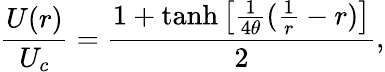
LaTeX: \frac{U(r)}{U_{c}}=\frac{1+\operatorname{tanh}\left[\frac{1}{4\theta}(\frac{1}{r}-r)\right]}{2},